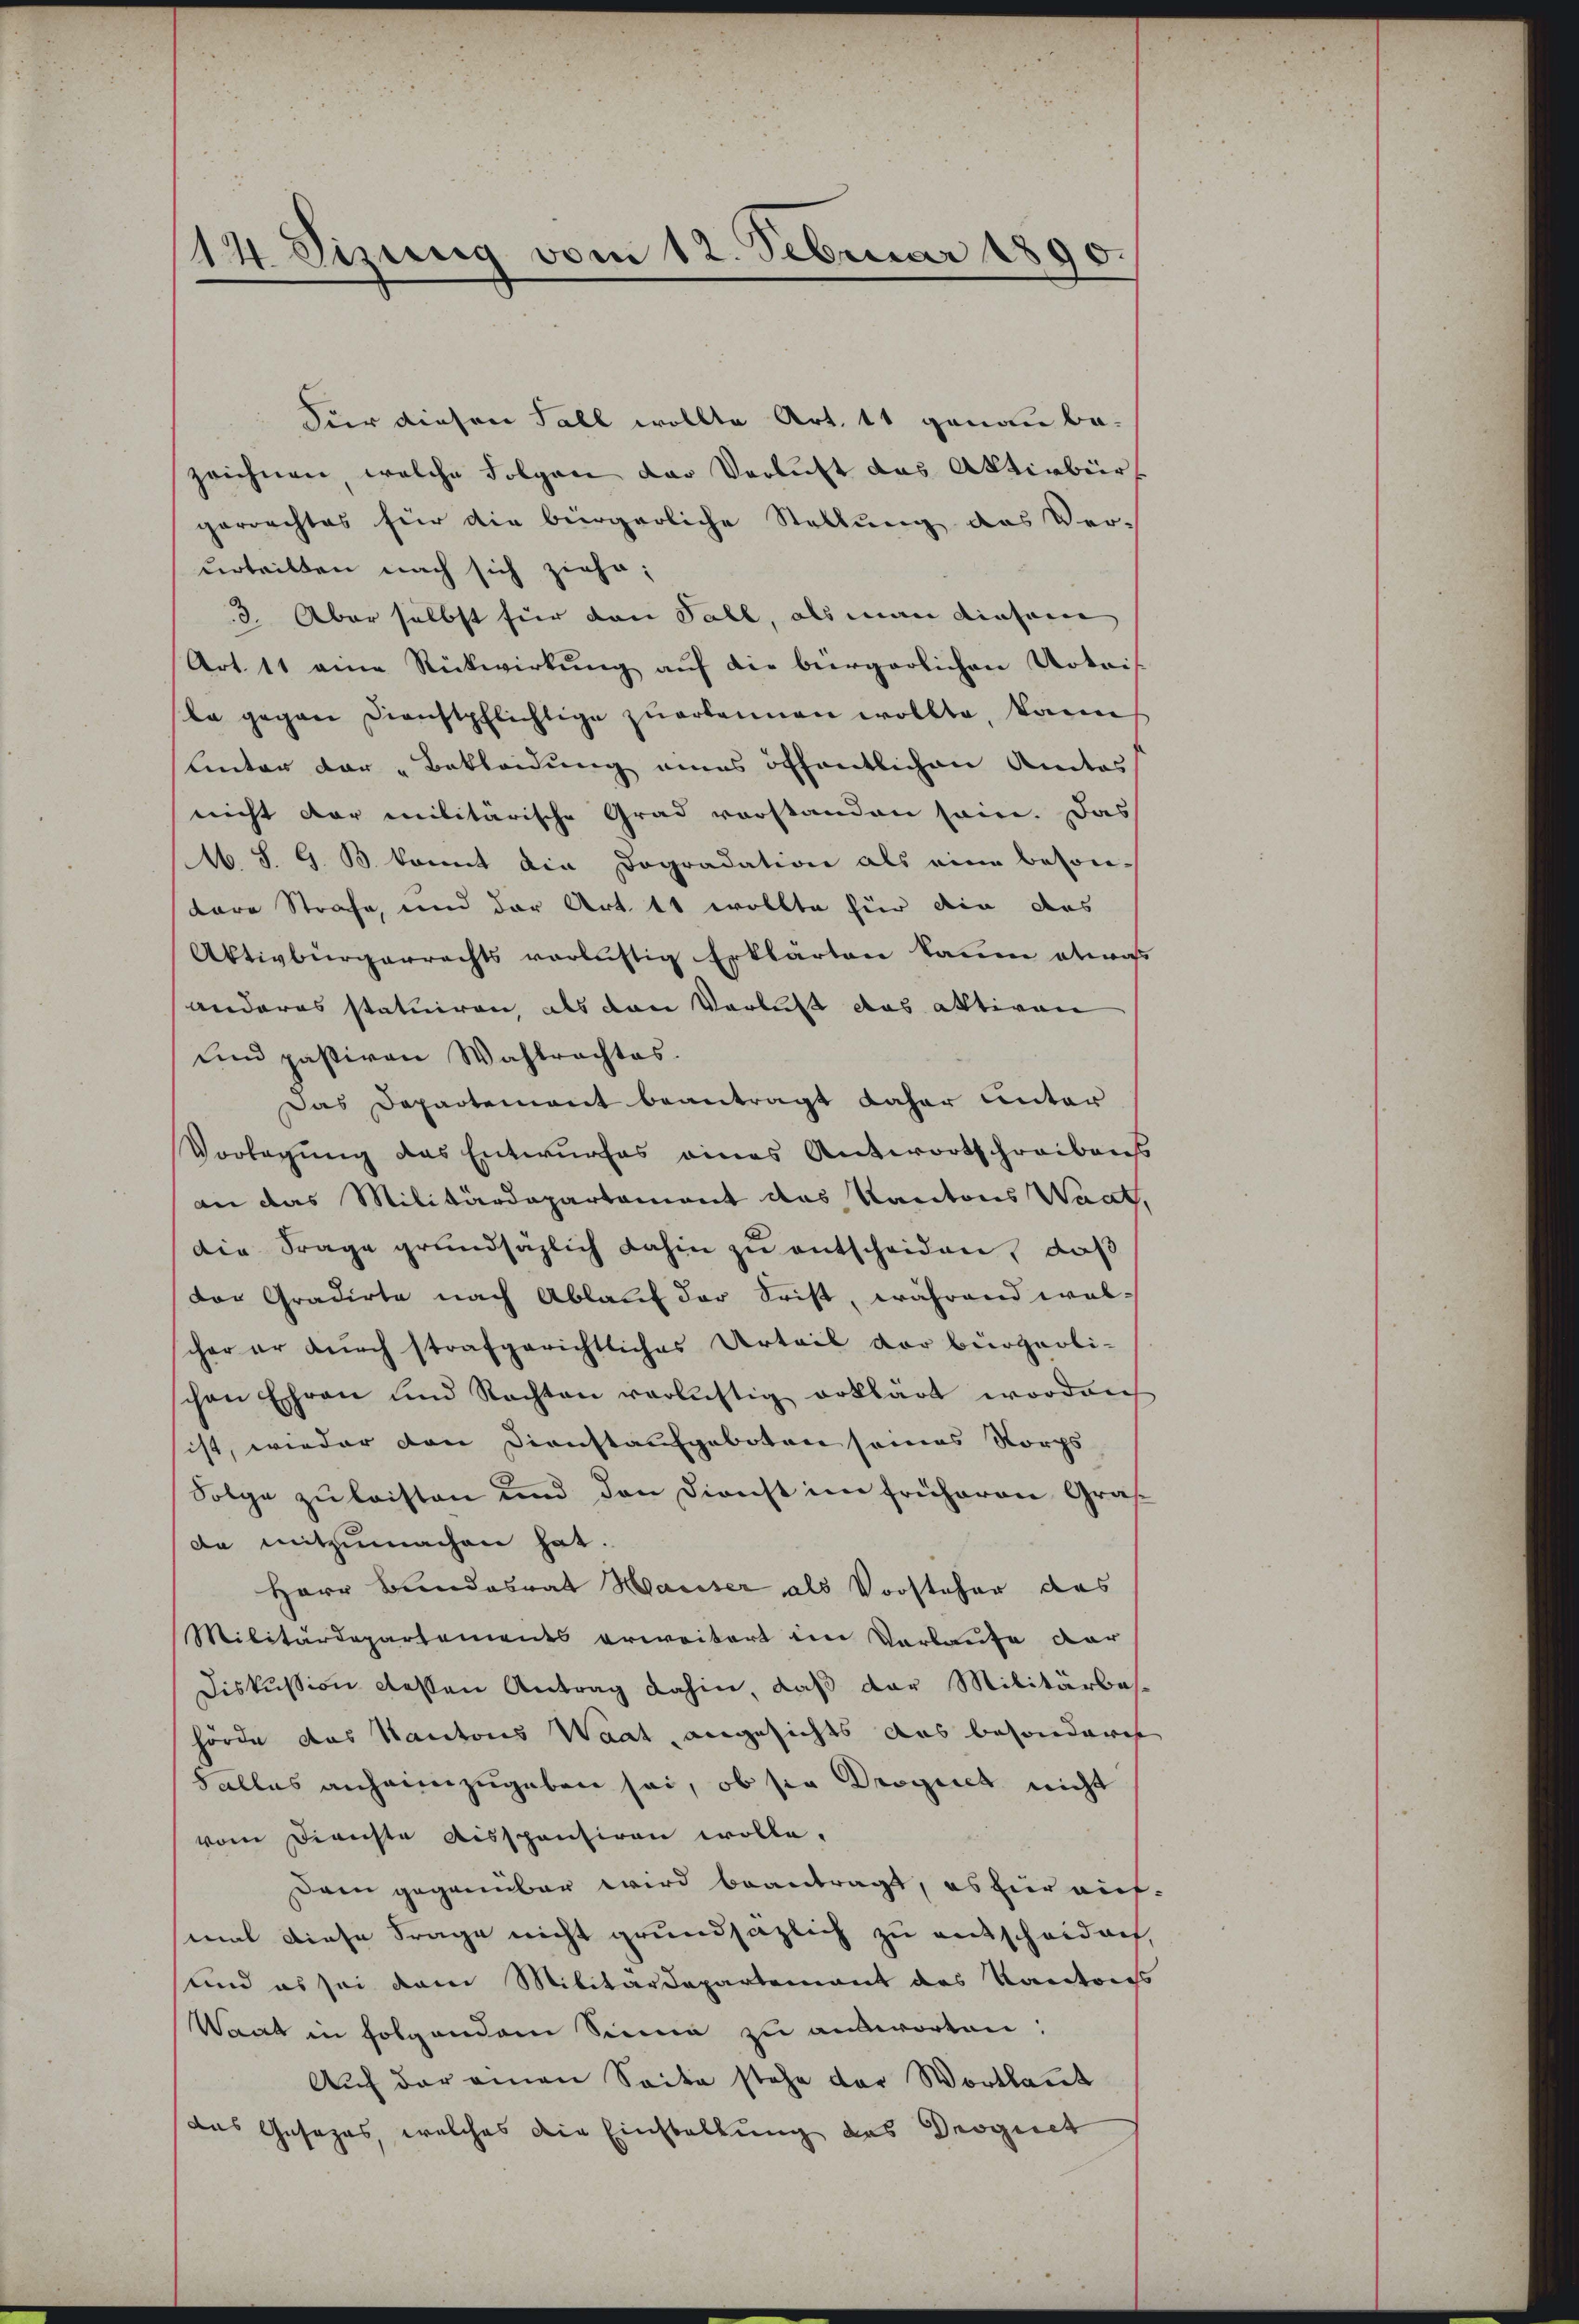
14 Vizung vom 12. Februar 1890

Für diesen Fall wollte Art. 11 genau be-
zeichnen, welche Folgen der Verlust das Aktivbür
gerrechtes für die bürgerliche Stellung des Ver-
urteilten nach sich ziehe;
3. Aber selbst für den Fall, als man diesem
Art. 11 eine Rückwirkŭng aŭf die bürgerlichen Notai
la gegen Dienstpflichtige zuerkennen wollte, kann
Unter der „Bekleidung eines öffentlichen Amtes
nicht dar militärische Grad vorstanden sein. Das
A. S. G. B. kannt die Dogradation als eine beson-
tare Strafe, und der Art. 11 wollte für die das
Aktivbürgerrechts verlustig Erklärten kaum etwas
anderes statuiren, als dann Verlust das aktiven
und passiven Wahlrechtes.
Das Departement beantragt daher unter
Vorlegŭng das Entwurfes eines Antwortschreibens
an das Militärdepartement des Kantons Waat,
Die Frage grundsäzlich dahin zu entscheiden, daß
der Gradirte nach Ablauf der Frist, während walschon er durch strafgerichtliches Urteil vor bürgerli-
schen Ehren und Rechten verlustig erklärt worden
sist, wieder den Dienstaufgeboten seines Korps
Folge zu leisten und den Dienst im früheren Graf
de mitzumachen hat.
Herr Bundesrat Hauser als Vorsteher das
Militärdepartements erweitert im Verlaufe dar
Diskussion dessen Antrag dahin, daß der Militärbas-
hörde das Kantons Waat angesichts aus besonderes
Falles anheimzugeben sei, ob sie Droguch nicht
vom Dienste Aisspentiren wolle.
am gegenüber wird beantragt, es für mich
mal diese Frage nicht grundsätzlich zu entscheidach
sund es sei dem Militärdepartement des Kantons
Waat in folgendem Sinne zu ausworten:
Auf der einen Seite stehe der Wortlaut
das Gesezes, welches die Einstallung des Droguet